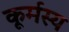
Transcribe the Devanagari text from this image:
कूर्मस्य